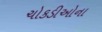
ચોકડીઓના